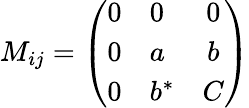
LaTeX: M_{ij}=\left(\begin{array}{clc}{{0}}&{{0}}&{{0}}\\ {{0}}&{{a}}&{{b}}\\ {{0}}&{{b^{*}}}&{{C}}\end{array}\right)